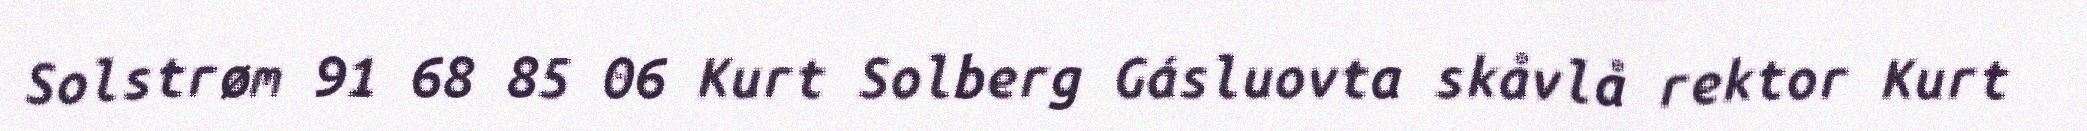
Solstrøm 91 68 85 06 Kurt Solberg Gásluovta skåvlå rektor Kurt